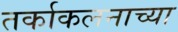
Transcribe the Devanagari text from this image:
तर्काकलनाच्या